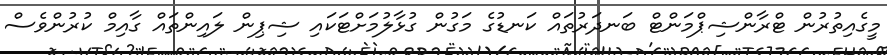
މީގެއިތުރުން ޓްރާންޝިޕްމަންޓް ބަނދަރުތައް ކަނޑުގެ މަގުން ގުޅާލުމަށްޓަކައި ޝިޕިން ލައިންތައް ގާއިމް ކުރުންވެސް